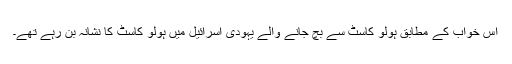
اس خواب کے مطابق ہولو کاسٹ سے بچ جانے والے یہودی اسرائیل میں ہولو کاسٹ کا نشانہ بن رہے تھے۔